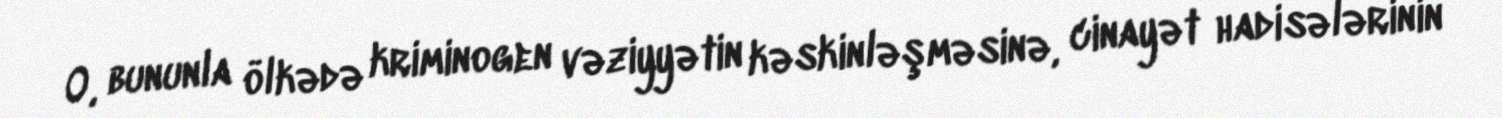
O, bununla ölkədə kriminogen vəziyyətin kəskinləşməsinə, cinayət hadisələrinin